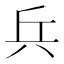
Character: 兵